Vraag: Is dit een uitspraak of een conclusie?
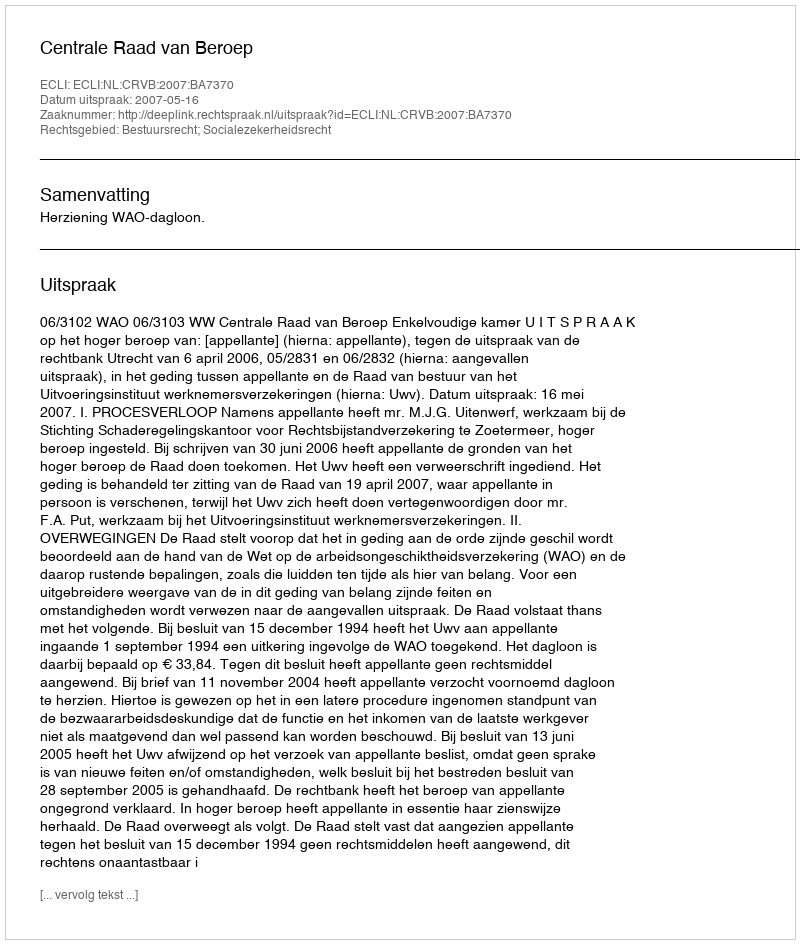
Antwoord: Uitspraak